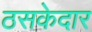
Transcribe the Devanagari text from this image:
ठसकेदार